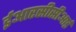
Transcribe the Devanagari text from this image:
ईआरसीसीआई